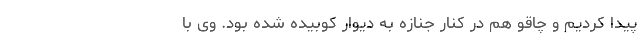
پیدا کردیم و چاقو هم در کنار جنازه به دیوار کوبیده شده بود. وی با